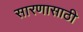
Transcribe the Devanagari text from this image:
सारणासाठी